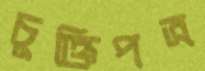
চুক্তিপত্র